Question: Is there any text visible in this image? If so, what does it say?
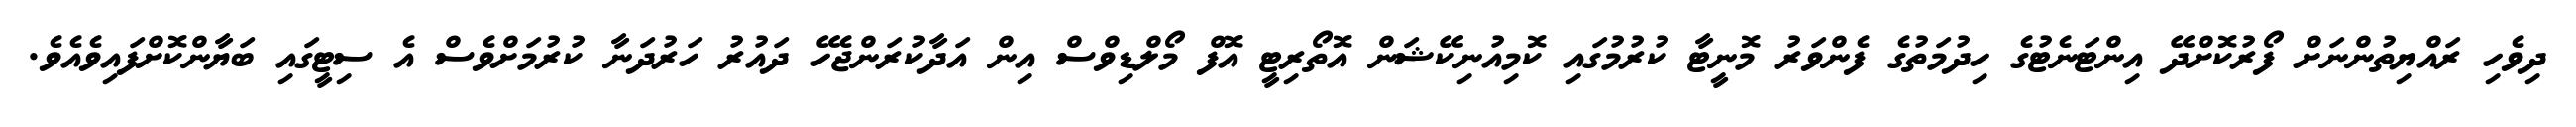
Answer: ދިވެހި ރައްޔިތުންނަށް ފޯރުކޮށްދޭ އިންޓަނެޓުގެ ހިދުމަތުގެ ފެންވަރު މޮނީޓާ ކުރުމުގައި ކޮމިއުނިކޭޝަން އޮތޯރިޓީ އޮފް މޯލްޑިވްސް އިން އަދާކުރަންޖެހޭ ދައުރު ހަރުދަނާ ކުރުމަށްވެސް އެ ސިޓީގައި ބަޔާންކޮށްފައިވެއެވެ.